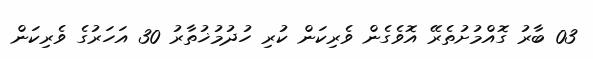
03 ބާރު ގޮއްމުށުތެރޭ އޮވެގެން ވެރިކަން ކުރި ހުދުމުޚުތާރު 30 އަހަރުގެ ވެރިކަން